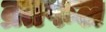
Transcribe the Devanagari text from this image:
व्रतफल